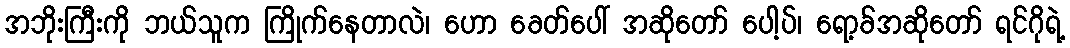
အဘိုးကြီးကို ဘယ်သူက ကြိုက်နေတာလဲ၊ ဟော ခေတ်ပေါ် အဆိုတော် ပေါ့ပ်၊ ရော့ခ်အဆိုတော် ရင်ဂိုရဲ့